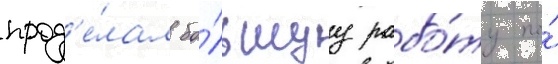
прод'е́лал бо́льшуу рабо́ту по́